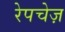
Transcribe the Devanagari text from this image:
रेपचेज़